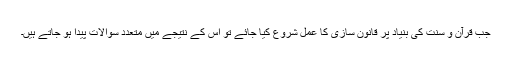
جب قرآن و سنت کی بنیاد پر قانون سازی کا عمل شروع کیا جائے تو اس کے نتیجے میں متعدد سوالات پیدا ہو جاتے ہیں۔